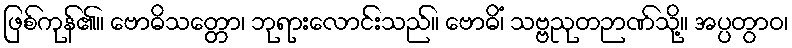
ဖြစ်ကုန်၏။ ဗောဓိသတ္တော၊ ဘုရားလောင်းသည်။ ဗောဓိံ၊ သဗ္ဗညုတဉာဏ်သို့။ အပ္ပတွာဝ၊